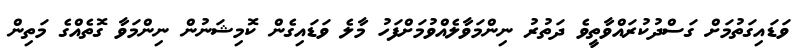
ވަޑައިގަތުމަށް ގަސްދުކުރައްވާތީވެ ދަތުރު ނިންމަވާލެއްވުމަށްފަހު މާލެ ވަޑައިގެން ކޮމިޝަނުން ނިންމަވާ ގޮތެއްގެ މަތިން